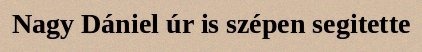
Nagy Dániel úr is szépen segitette